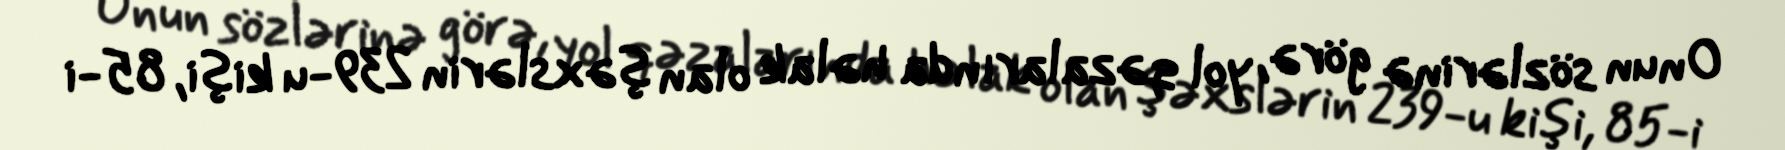
Onun sözlərinə görə, yol qəzalarında həlak olan şəxslərin 239-u kişi, 85-i